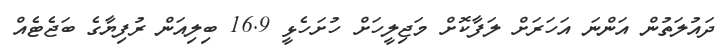
ދައުލަތުން އަންނަ އަހަރަށް ލަފާކޮށް މަޖިލީހަށް ހުށަހެޅީ 16.9 ބިލިއަން ރުފިޔާގެ ބަޖެޓެއް